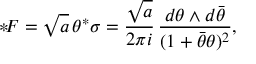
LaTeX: { * } \! { \cal F } = \sqrt { a } \, \theta ^ { * } \sigma = \frac { \sqrt { a } } { 2 \pi i } \, \frac { d \theta \wedge d { \bar { \theta } } } { ( 1 + { \bar { \theta } } \theta ) ^ { 2 } } ,